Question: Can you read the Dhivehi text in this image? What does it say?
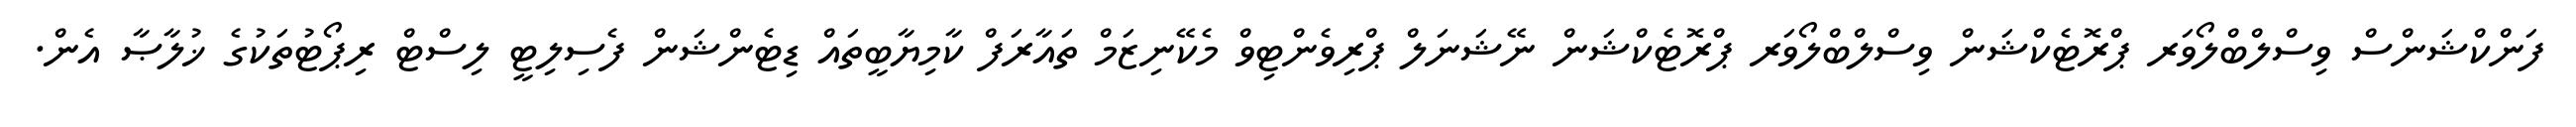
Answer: ފަންކްޝަންސް ވިސްލްބްލޯވަރ ޕްރޮޓެކްޝަން ވިސްލްބްލޯވަރ ޕްރޮޓެކްޝަން ނޭޝަނަލް ޕްރިވެންޓިވް މެކޭނިޒަމް ތައާރަފް ކާމިޔާބީތައް ޑިޓެންޝަން ފެސިލިޓީ ލިސްޓް ރިޕޯޓުތަކުގެ ޚުލާޞާ އެން.